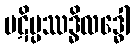
ပဋိပ္ပဿဒ္ဓိလဒ္ဓေါ